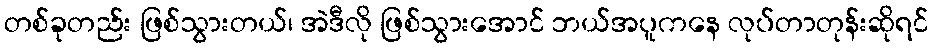
တစ်ခုတည်း ဖြစ်သွားတယ်၊ အဲဒီလို ဖြစ်သွားအောင် ဘယ်အပူကနေ လုပ်တာတုန်းဆိုရင်